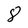
Character: 8